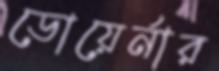
ডোয়ের্নার